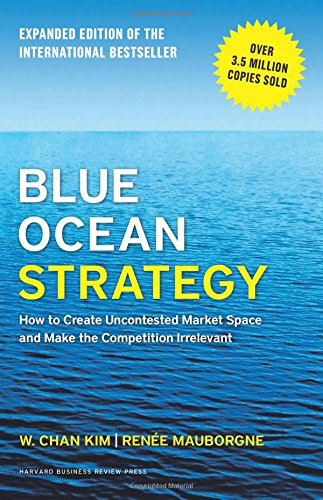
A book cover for Blue Ocean Strategy, Expanded Edition: How to Create Uncontested Market Space and Make the Competition Irrelevant; W. Chan Kim; Business & Money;